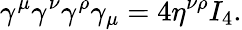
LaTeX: \gamma^{\mu}\gamma^{\nu}\gamma^{\rho}\gamma_{\mu}=4\eta^{\nu\rho}I_{4}.